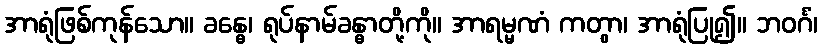
အာရုံဖြစ်ကုန်သော။ ခန္ဓေ၊ ရုပ်နာမ်ခန္ဓာတို့ကို။ အာရမ္မဏံ ကတွာ၊ အာရုံပြု၍။ ဘဝင်္ဂံ၊